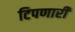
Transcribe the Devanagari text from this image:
टिपणारी